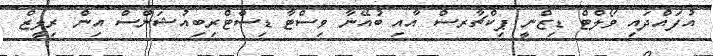
އުފައްދައި ވޯލްޓް ޑިޒްނީ ޕިކްޗާރސް އާއި ބުއޭނާ ވިސްޓާ ޑިސްޓްރިބިއުޝަންސް އިން ރިލީޒް